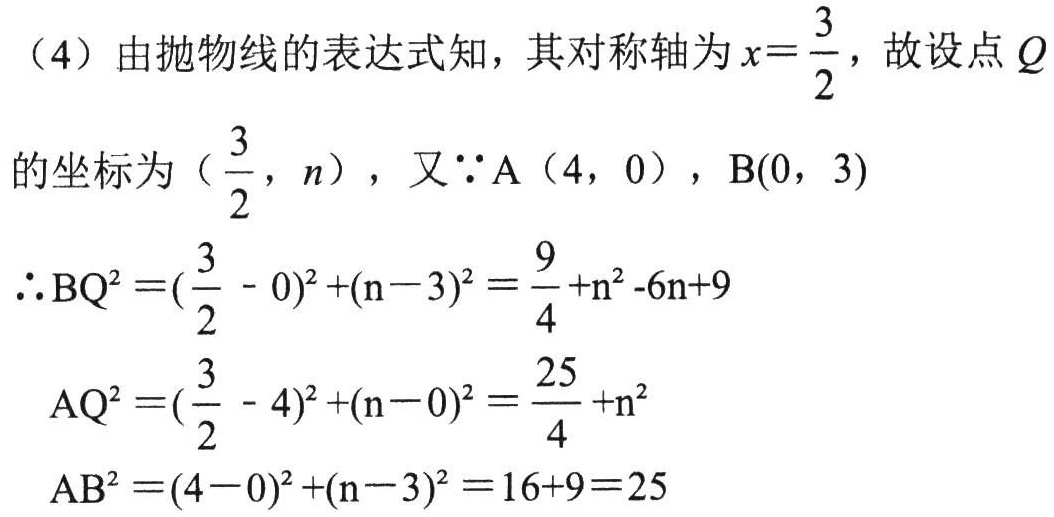
（4）由抛物线的表达式知，其对称轴为$x = \frac{3}{2}$，故设点$Q$
的坐标为（$\frac{3}{2}$，$n$），又$\because$A（4，0），B(0，3)
$\therefore \mathrm{BQ}^{2}=(\frac{3}{2}-0)^{2}+(\mathrm{n} - 3)^{2}=\frac{9}{4}+\mathrm{n}^{2}-6\mathrm{n}+9$
$\mathrm{AQ}^{2}=(\frac{3}{2}-4)^{2}+(\mathrm{n} - 0)^{2}=\frac{25}{4}+\mathrm{n}^{2}$
$\mathrm{AB}^{2}=(4 - 0)^{2}+(\mathrm{n} - 3)^{2}=16 + 9 = 25$